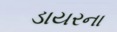
ડાયરના